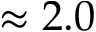
\approx 2 . 0